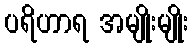
ပရိဟာရ အမျိုးမျိုး